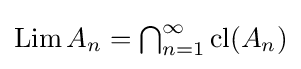
{\textstyle \mathop {\mathrm {Lim} } A_{n}=\bigcap _{n=1}^{\infty }\mathop {\mathrm {cl} } (A_{n})}